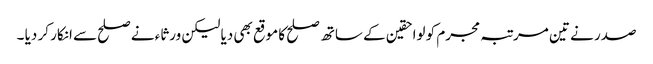
صدر نے تین مرتبہ مجرم کو لواحقین کے ساتھ صلح کا موقع بھی دیا لیکن ورثاء نے صلح سے انکار کر دیا ۔